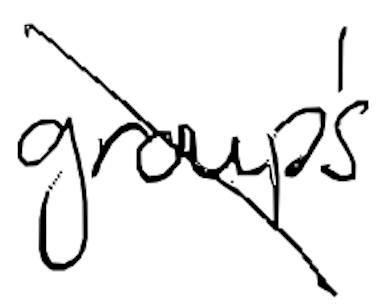
Text: group's
Cross-out: diagonal
Writing tool: digital_black